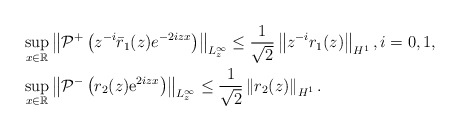
\begin{align*}&\sup _{x \in \mathbb{R}}\left\|\mathcal{P}^+\left(z^{-i}\bar{r}_1(z)e^{-2iz x}\right)\right\|_{L_z^\infty} \leq\frac{1}{\sqrt{2}}\left\|z^{-i}r_1(z)\right\|_{H^1},i=0,1,\\&\sup_{x \in \mathbb{R}}\left\|\mathcal{P}^-\left(r_2(z) \mathrm{e}^{2iz x}\right)\right\|_{L_{z}^{\infty}} \leq\frac{1}{\sqrt{2}}\left\|r_2(z)\right\|_{H^{1}}.\end{align*}